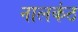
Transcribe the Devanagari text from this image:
नालकंठ